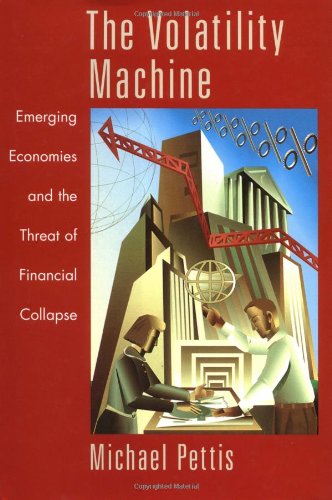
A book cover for The Volatility Machine: Emerging Economics and the Threat of Financial Collapse; Michael Pettis; Business & Money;